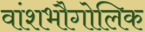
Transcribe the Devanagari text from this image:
वांशभौगोलिक